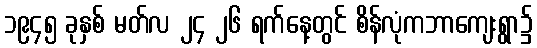
၁၉၄၅ ခုနှစ် မတ်လ ၂၄ ၂၆ ရက်နေ့တွင် စိန်လုံကဘာကျေးရွာ၌